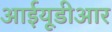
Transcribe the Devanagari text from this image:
आईयूडीआर